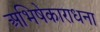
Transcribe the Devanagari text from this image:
अभिषेकाराधना